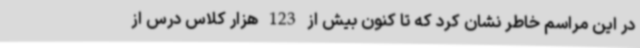
در این مراسم خاطر نشان کرد که تا کنون بیش از 123 هزار کلاس درس از